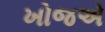
ખોજએ